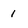
Character: 1